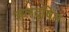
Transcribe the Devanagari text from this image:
जलदूषित